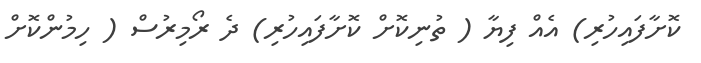
ކޮށާފައިހުރި) އެއް ފިޔާ ( ތުނިކޮށް ކޮށާފައިހުރި) ދެ ރޯމިރުސް ( ހިމުންކޮށް